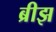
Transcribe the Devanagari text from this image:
ब्रीझ